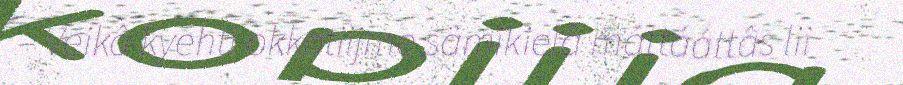
– Veikâ kyehti okkotiijme sämikielâ máttááttâs lii